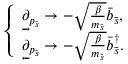
\begin{array} { r } { \left\{ \begin{array} { l l } { \underrightarrow { \partial } _ { p _ { \bar { s } } } \rightarrow - \sqrt { \frac { \beta } { m _ { \bar { s } } } } \bar { b } _ { \bar { s } } , } \\ { \underleftarrow { \partial } _ { p _ { \bar { s } } } \rightarrow - \sqrt { \frac { \beta } { m _ { \bar { s } } } } \bar { b } _ { \bar { s } } ^ { \dagger } . } \end{array} \right. } \end{array}